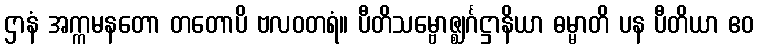
ဌာနံ အက္ကမနတော တတောပိ ဗလဝတရံ။ ပီတိသမ္ဗောဇ္ဈင်္ဂဋ္ဌာနိယာ ဓမ္မာတိ ပန ပီတိယာ ဧဝ